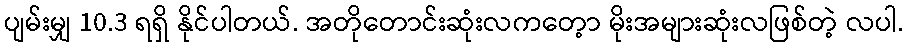
ပျမ်းမျှ 10.3 ရရှိ နိုင်ပါတယ်. အတိုတောင်းဆုံးလကတေ့ာ မိုးအများဆုံးလဖြစ်တဲ့ လပါ.